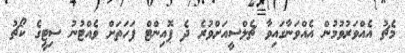
މެޗު އެއްވަރުވުމުން އެއްވަނާގައިވާ ޗެލްސީއަށްވުރެ ދެ ޕޮއިންޓް ފަހަތަށް ވެއްޓުނު ސިޓީގެ ކޯޗު